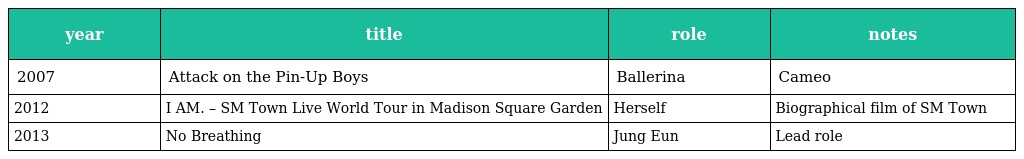
| year | title | role | notes |
 | --- | --- | --- | --- |
 | 2007 | Attack on the Pin-Up Boys | Ballerina | Cameo |
 | 2012 | I AM. – SM Town Live World Tour in Madison Square Garden | Herself | Biographical film of SM Town |
 | 2013 | No Breathing | Jung Eun | Lead role |